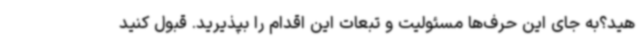
هید؟به جای این حرف‌ها مسئولیت و تبعات این اقدام را بپذیرید. قبول کنید